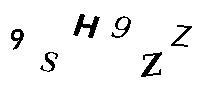
9SH9ZZ